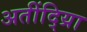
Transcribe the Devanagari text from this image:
अतींद्य्राि